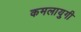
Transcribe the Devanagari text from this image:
कमलायुगी